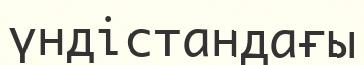
үндістандағы